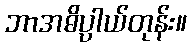
ဘာအဓိပ္ပာယ်တုန်း။